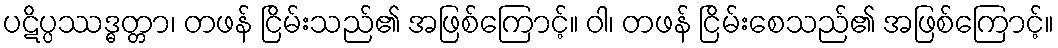
ပဋိပ္ပဿဒ္ဓတ္တာ၊ တဖန် ငြိမ်းသည်၏ အဖြစ်ကြောင့်။ ဝါ၊ တဖန် ငြိမ်းစေသည်၏ အဖြစ်ကြောင့်။